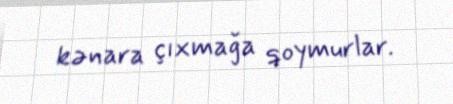
kənara çıxmağa qoymurlar.